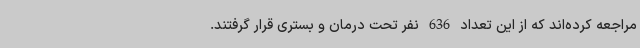
مراجعه کرده‌اند که از این تعداد 636 نفر تحت درمان و بستری قرار گرفتند.